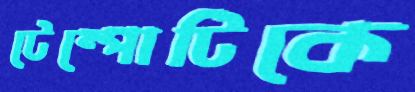
টেম্পোটিকে